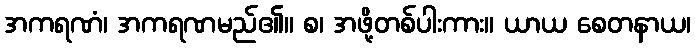
အကရဏံ၊ အကရဏမည်၏။ စ၊ အဖို့တစ်ပါးကား။ ယာယ စေတနာယ၊